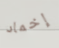
إخماد